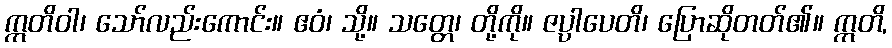
ဣတိဝါ၊ သော်လည်းကောင်း။ ဧဝံ၊ သို့။ သတ္တေ၊ တို့ကို။ ဇပ္ပါပေတိ၊ ပြောဆိုတတ်၏။ ဣတိ,